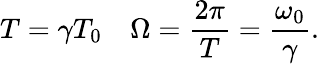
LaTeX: T=\gamma T_{0}\quad\Omega=\frac{2\pi}{T}=\frac{\omega_{0}}{\gamma}.